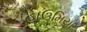
હાઉમિયા